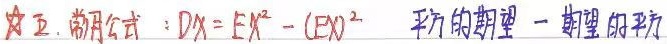
**五、常用公式**：\(DX = EX^{2}-(EX)^{2}\)  平方的期望－期望的平方